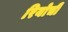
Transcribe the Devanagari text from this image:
रियोची